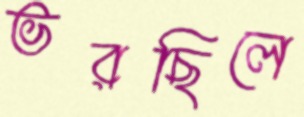
ভরছিলে